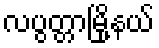
လပွတ္တာမြို့နယ်